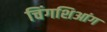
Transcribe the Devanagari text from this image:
चिंगशिआंग